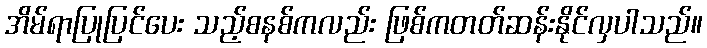
အိမ်ရာပြုပြင်ပေး သည့်စနစ်ကလည်း ဖြစ်ကတတ်ဆန်းနိုင်လှပါသည်။